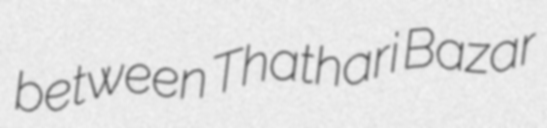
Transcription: between Thathari Bazar